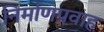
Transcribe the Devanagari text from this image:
निर्माणप्रवाह